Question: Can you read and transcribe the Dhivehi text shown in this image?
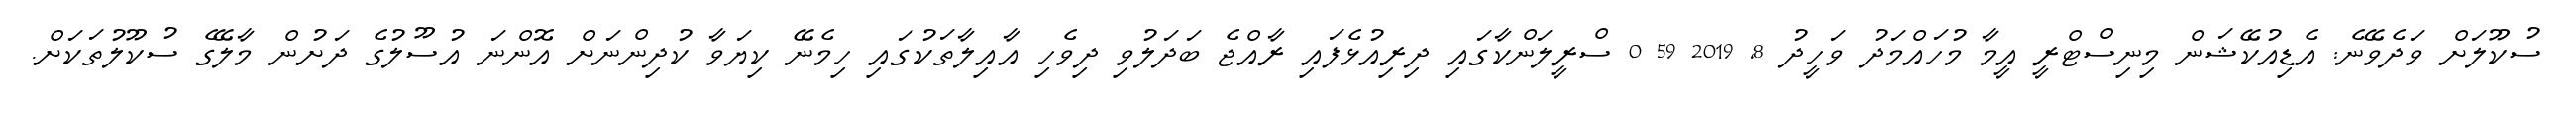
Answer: ސުކޫލަށް ވަދެވޭނެ: އެޑިއުކޭޝަން މިނިސްޓްރީ އީމާ މުހައްމަދު ވަހީދު 8, 2019 59 0 ސްރީލަންކާގައި ދިރިއުޅެފައި ރާއްޖެ ބަދަލުވި ދިވެހި އާއިލާތަކުގައި ހިމެނޭ ކިޔަވާ ކުދިންނަށް އޮންނަ އުސޫލުގެ ދަށުން މާލޭގެ ސުކޫލުތަކަށް.